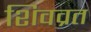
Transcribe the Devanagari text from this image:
शिवव्रत